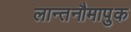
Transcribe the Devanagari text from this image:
लान्तनौमापुक